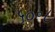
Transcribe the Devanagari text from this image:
५०॰८